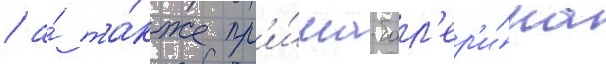
/ а́ та́кже пр'и́ма-бал'ер'и́на